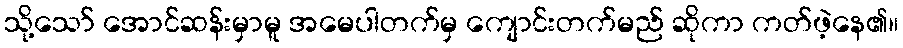
သို့သော် အောင်ဆန်းမှာမူ အမေပါတက်မှ ကျောင်းတက်မည် ဆိုကာ ကတ်ဖဲ့နေ၏။